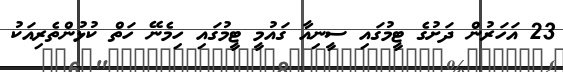
23 އަހަރުން ދަށުގެ ޓީމުގައި ސީނިއާ ގައުމީ ޓީމުގައި ހިމެނޭ ހަތް ކުޅުންތެރިއަކު